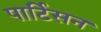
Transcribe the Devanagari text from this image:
पार्टिसन